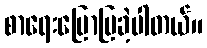
စာရေးပြောပြခဲ့ပါတယ်။